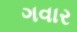
ગવાર